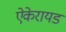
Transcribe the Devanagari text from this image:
ऐकेरायड